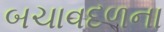
બચાવદળના